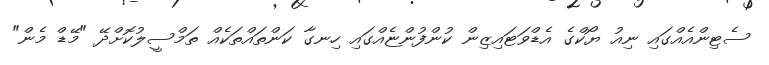
ސެޓިންއެއްގައި ނިއު ޔޯކްގެ އެޑްވަޓައިޒިން ކުންފުންޏެއްގައި ހިނގާ ކަންތައްތަކެއް ތަމްސީލުކޮށްދޭ "މޭޑް މެން"